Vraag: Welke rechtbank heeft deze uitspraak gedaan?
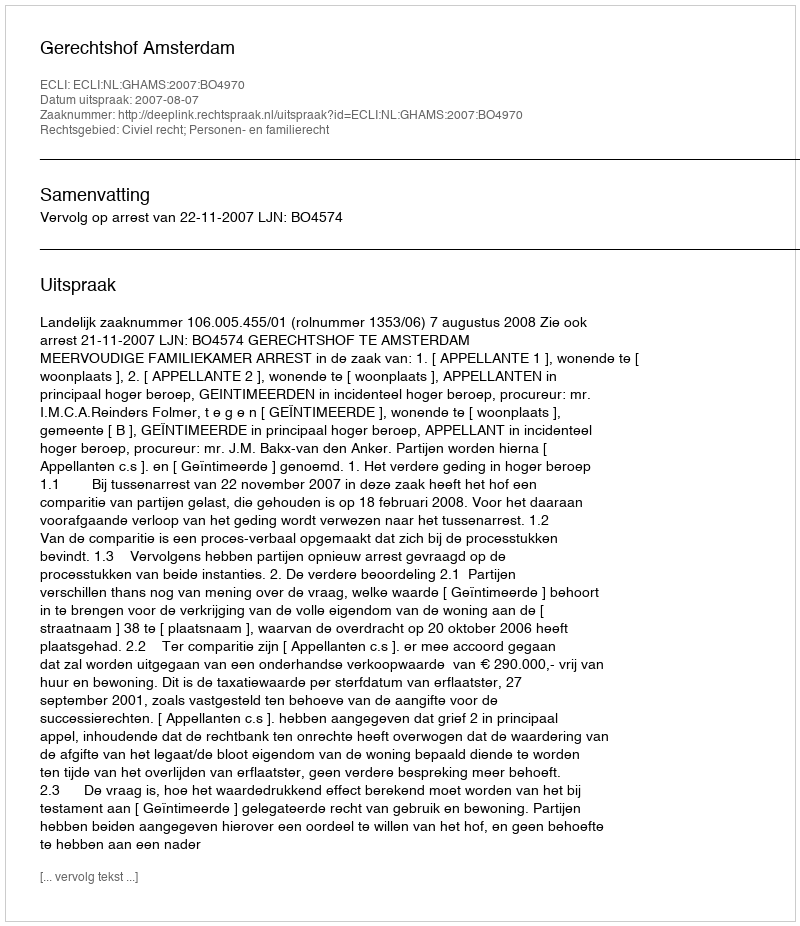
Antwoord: Gerechtshof Amsterdam